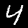
Label: 4